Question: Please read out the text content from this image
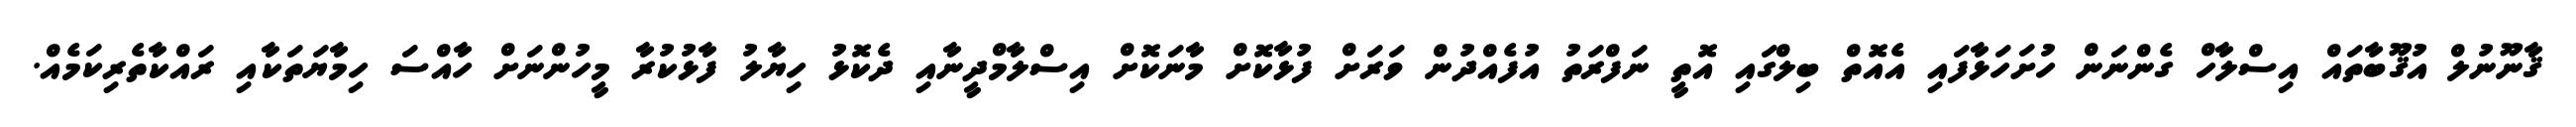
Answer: ޤާނޫނުލް އުޤޫބާތައް އިސްލާހް ގެންނަން ހުށަހަޅާފައި އެއޮތް ބިލްގައި އޮތީ ނަފްރަތު އުފެއްދުން ވަރަށް ފުޅާކޮށް މާނަކޮށް އިސްލާމްދީނާއި ދެކޮޅު ހިޔާލު ފާޅުކުރާ މީހުންނަށް ހާއްސަ ހިމާޔަތަކާއި ރައްކާތެރިކަމެއް.